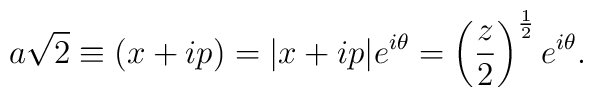
a {\sqrt{2}}\equiv (x+ip)=|x+ip|e^{i\theta}=\left(\frac{z}{2}\right)^{\frac{1}{2}}e^{i\theta}.